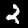
Label: 2